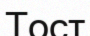
Тост